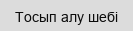
Тосып алу шебі